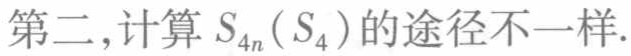
第二，计算 \(S_{4n}(S_{4})\) 的途径不一样.